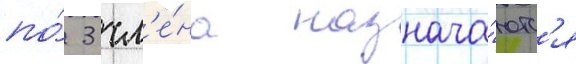
по́ 3 чл'е́на назнача́ютс'я